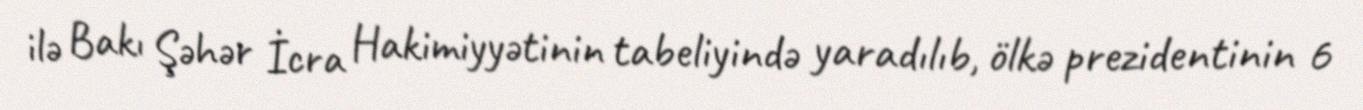
ilə Bakı Şəhər İcra Hakimiyyətinin tabeliyində yaradılıb, ölkə prezidentinin 6